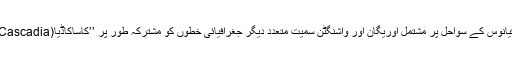
امریکی بحراوقیانوس کے سواحل پر مشتمل اوریگان اور واشنگٹن سمیت متعدد دیگر جغرافیائی خطوں کو مشترکہ طور پر ’’کاساکاڈیا(Cascadia)‘‘کہاجاتا ہے۔